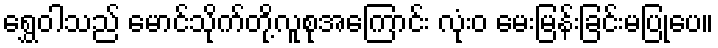
ရွှေဝါသည် မောင်သိုက်တို့လူစုအကြောင်း လုံးဝ မေးမြန်းခြင်းမပြုပေ။